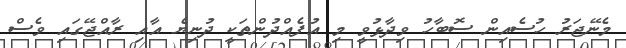
މެނޭޖަރު ހުސެއިން ސޮބާހު ވިދާޅުވީ މި އުފެއްދުންތަކީ ދުނިޔެ އާއި ރާއްޖޭގައި ވެސް